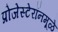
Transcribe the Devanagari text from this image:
प्रोजेस्टेरॉनमूळे